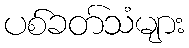
ပစ်ခတ်သံများ